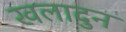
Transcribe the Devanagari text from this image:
खलादुन